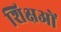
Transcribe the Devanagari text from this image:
शिक्षओं